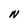
Character: N